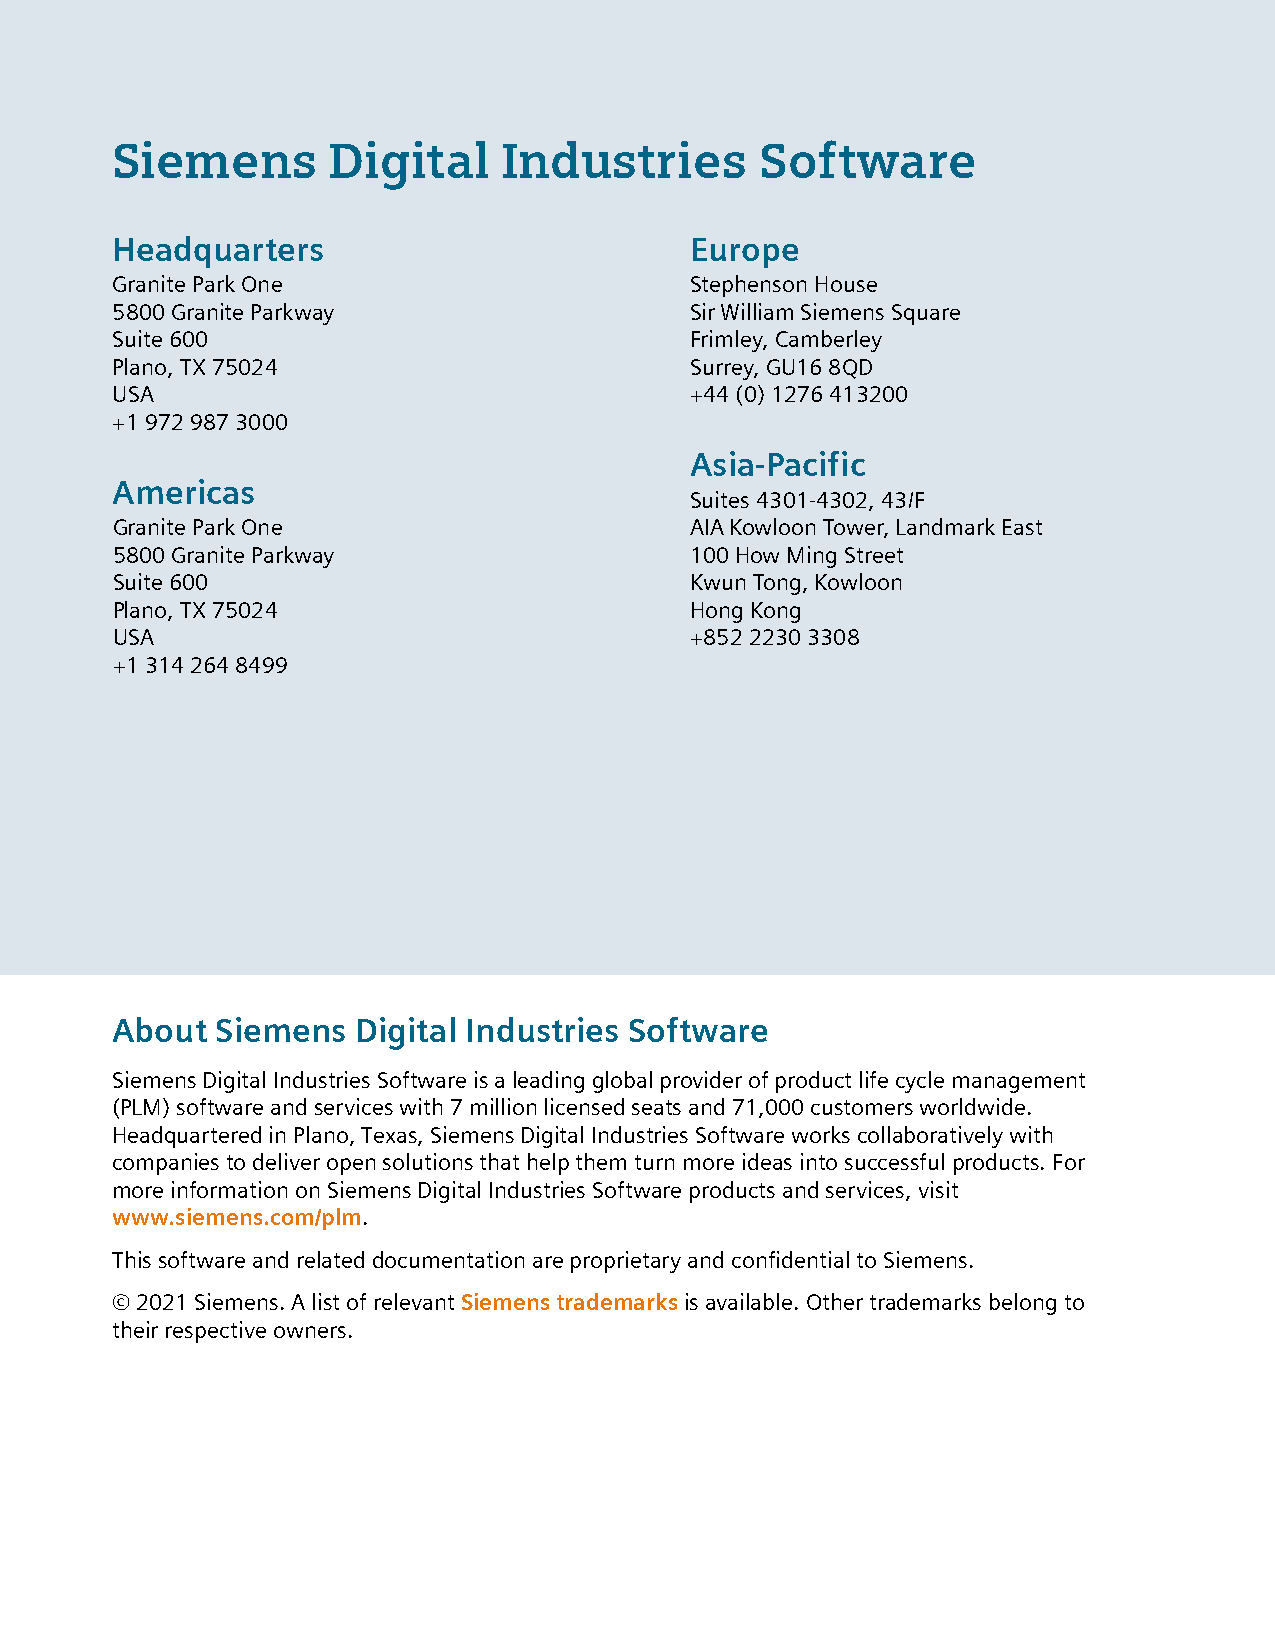
Siemens        Digital    Industries       Software
 Headquarters                           Europe
 Granite Park One                       Stephenson House
 5800 Granite Parkway                   Sir William Siemens Square
 Suite 600                              Frimley, Camberley
 Plano, TX 75024                        Surrey, GU16 8QD
 USA                                    +44 (0) 1276 413200
 +1 972 987 3000
 Asia-Pacific
 Americas
 Suites 4301-4302, 43/F
 Granite Park One                       AIA Kowloon Tower, Landmark East
 5800 Granite Parkway                   100 How Ming Street
 Suite 600                              Kwun Tong, Kowloon
 Plano, TX 75024                        Hong Kong
 USA                                    +852 2230 3308
 +1 314 264 8499
 About  Siemens  Digital Industries Software
 Siemens Digital Industries Software is a leading global provider of product life cycle management
 (PLM) software and services with 7 million licensed seats and 71,000 customers worldwide.
 Headquartered in Plano, Texas, Siemens Digital Industries Software works collaboratively with
 companies to deliver open solutions that help them turn more ideas into successful products. For
 more information on Siemens Digital Industries Software products and services, visit
 www.siemens.com/plm.
 This software and related documentation are proprietary and confidential to Siemens.
 © 2021 Siemens. A list of relevant Siemens trademarks is available. Other trademarks belong to
 their respective owners.